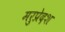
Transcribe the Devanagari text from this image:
मरुप्रेदश